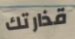
قذارتك